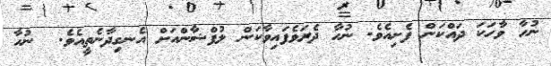
ނުހާ ވާހަކަ ދައްކަން ފެށިއެވެ. ނުހާ ދެރަވެފައިވާކަން ލުފްޝާންއަށް އެނގިދާނެތީއެވެ.  ނުހާ